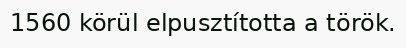
1560 körül elpusztította a török.